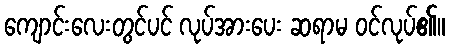
ကျောင်းလေးတွင်ပင် လုပ်အားပေး ဆရာမ ဝင်လုပ်၏။